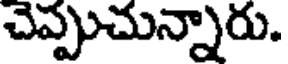
చెప్పుచున్నారు.